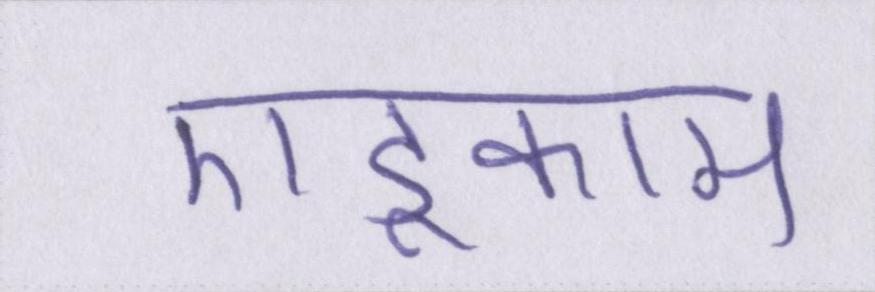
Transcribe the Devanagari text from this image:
एडूकाम